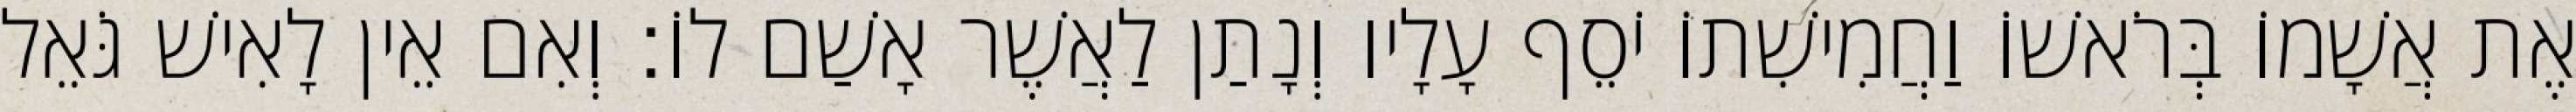
אֶת אֲשָׁמוֹ בְּרֹאשׁוֹ וַחֲמִישִׁתוֹ יֹסֵף עָלָיו וְנָתַן לַאֲשֶׁר אָשַׁם לוֹ׃ וְאִם אֵין לָאִישׁ גֹּאֵל